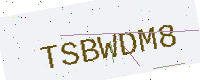
Text: TSBWDM8